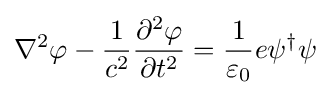
\nabla ^{2}\varphi -{\frac {1}{c^{2}}}{\frac {\partial ^{2}\varphi }{\partial t^{2}}}={\frac {1}{\varepsilon _{0}}}e\psi ^{\dagger }\psi